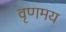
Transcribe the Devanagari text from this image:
वृणमय